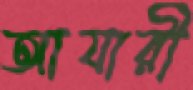
আযারী